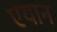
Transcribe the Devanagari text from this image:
एयान